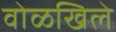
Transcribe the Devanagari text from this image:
वोळखिले